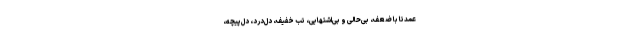
عمدتا با ضعف،‌ بی‌حالی و بی‌اشتهایی،‌ تب خفیف، دل‌درد،‌ دل‌پیچه،‌